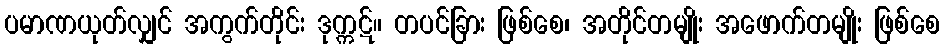
ပမာဏယုတ်လျှင် အကွက်တိုင်း ဒုက္ကဋ်။ တပင်ခြား ဖြစ်စေ၊ အတိုင်တမျိုး အဖောက်တမျိုး ဖြစ်စေ